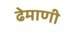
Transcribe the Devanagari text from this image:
ढेमाणी